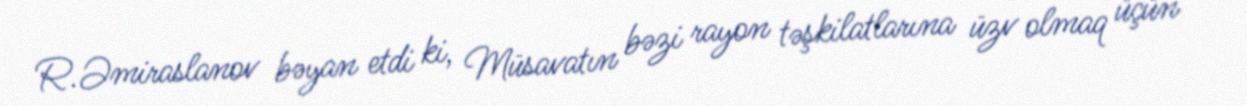
R.Əmiraslanov bəyan etdi ki, Müsavatın bəzi rayon təşkilatlarına üzv olmaq üçün